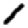
Digit: 1